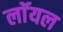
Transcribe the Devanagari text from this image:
लाॅयल